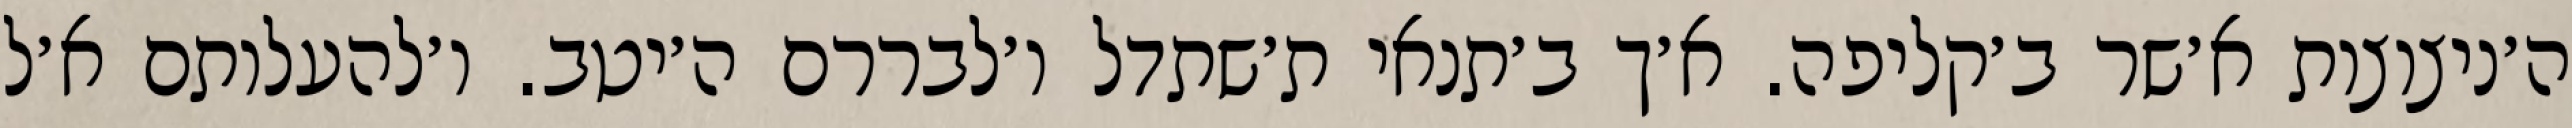
ה׳ניצוצות א׳שר ב׳קליפה. א׳ך ב׳תנאי ת׳שתדל ו׳לבררם ה׳יטב. ו׳להעלותם א׳ל